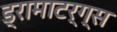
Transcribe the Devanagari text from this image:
ड्रामाटर्ग्स